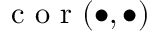
\mathrm { ~ c ~ o ~ r ~ } ( \bullet , \bullet )